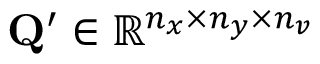
\mathbf { Q } ^ { \prime } \in \mathbb { R } ^ { n _ { x } \times n _ { y } \times n _ { v } }